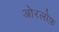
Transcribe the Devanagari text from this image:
ओरलोफ़